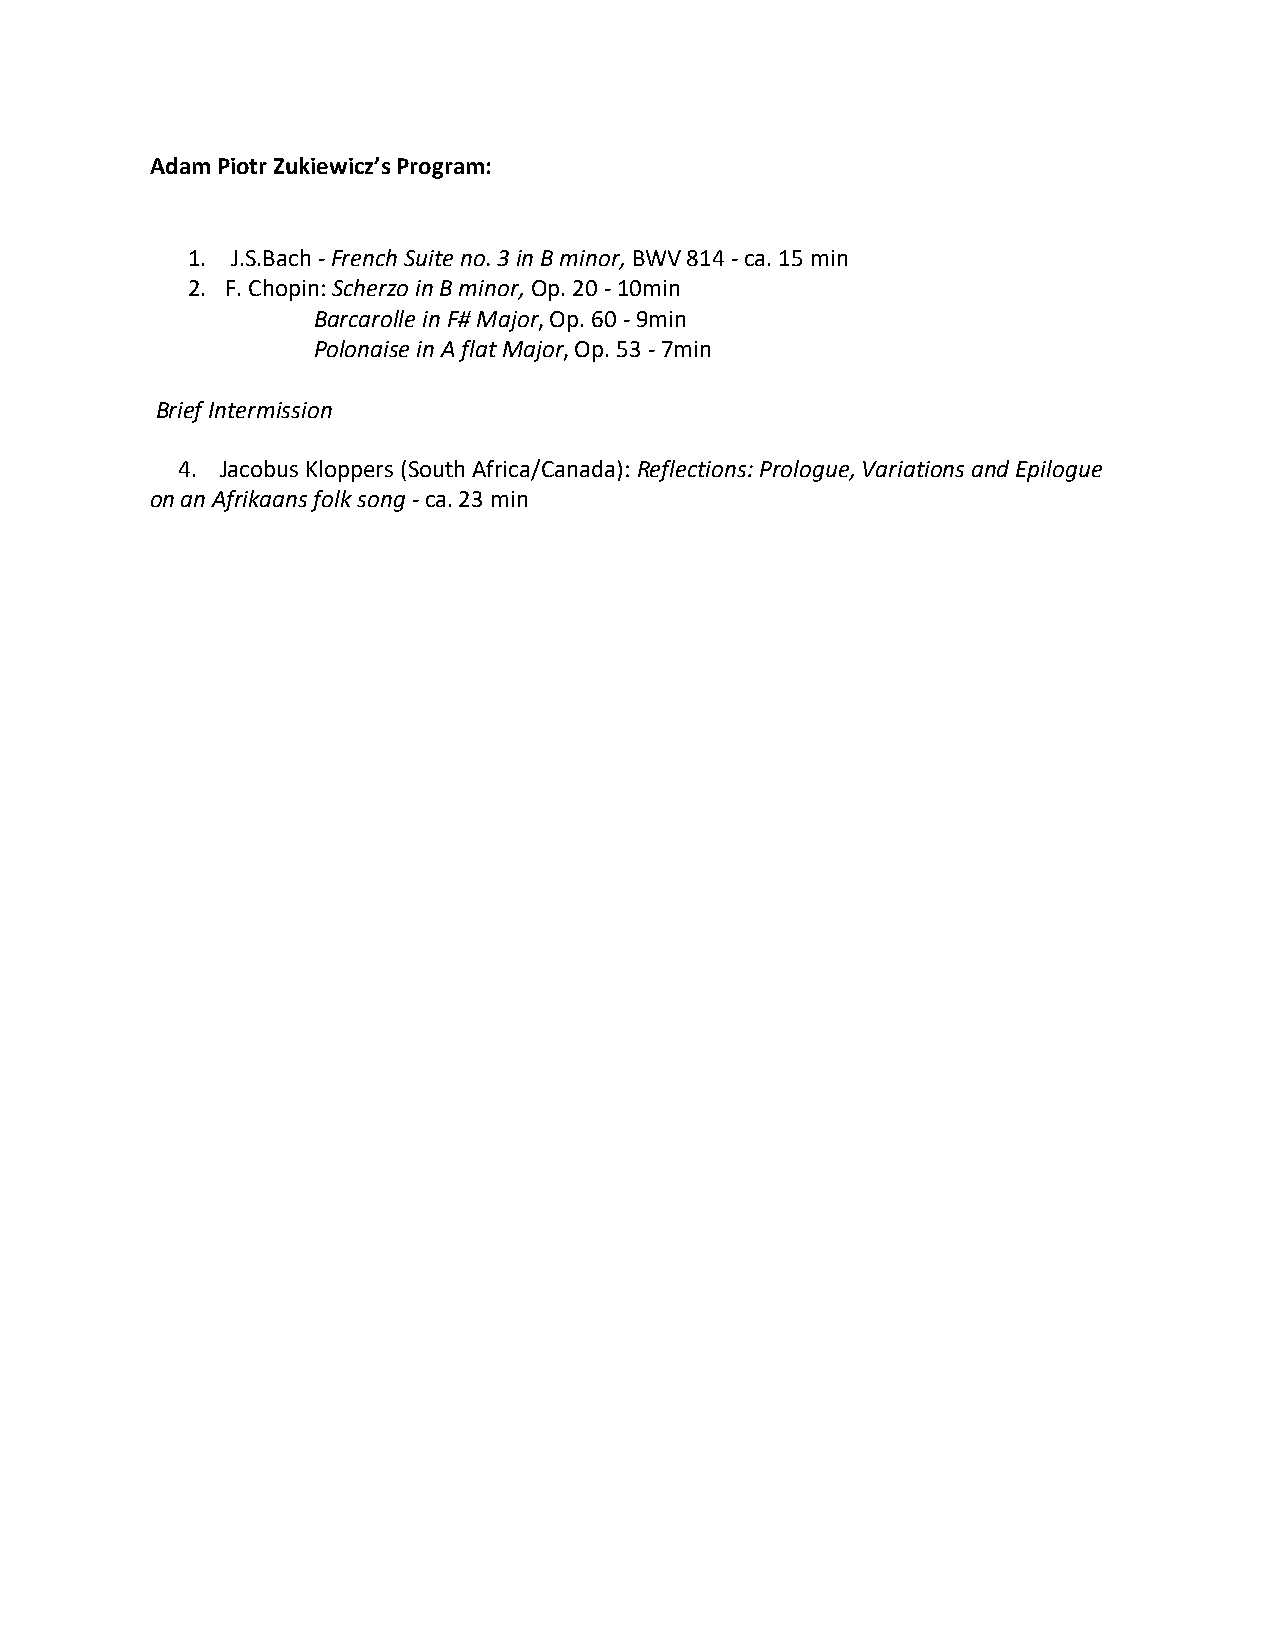
Adam Piotr Zukiewicz’s Program:
 1. J.S.Bach - French Suite no. 3 in B minor, BWV 814 - ca. 15 min
 2. F. Chopin: Scherzo in B minor, Op. 20 - 10min
 Barcarolle in F# Major, Op. 60 - 9min
 Polonaise in A flat Major, Op. 53 - 7min
 Brief Intermission
 4. Jacobus Kloppers (South Africa/Canada): Reflections: Prologue, Variations and Epilogue
 on an Afrikaans folk song - ca. 23 min